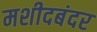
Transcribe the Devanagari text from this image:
मशीदबंदर